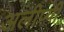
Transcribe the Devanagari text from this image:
अलीप्पी